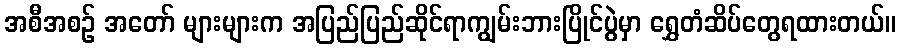
အစီအစဉ် အတော် များများက အပြည်ပြည်ဆိုင်ရာကျွမ်းဘားပြိုင်ပွဲမှာ ရွှေတံဆိပ်တွေရထားတယ်။